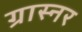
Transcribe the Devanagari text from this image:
ग्रास्नर